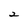
Character: 2